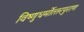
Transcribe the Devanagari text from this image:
विष्‍णुधर्मोत्‍तरपुराण